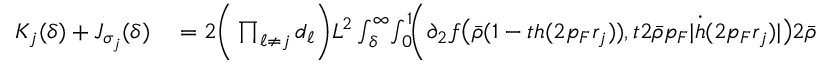
\begin{array} { r l } { K _ { j } ( \delta ) + J _ { \sigma _ { j } } ( \delta ) } & { { } = 2 \biggr ( \prod _ { \ell \neq j } d _ { \ell } \biggr ) L ^ { 2 } \int _ { \delta } ^ { \infty } \! \int _ { 0 } ^ { 1 } \! \biggr ( \partial _ { 2 } f \bigr ( \bar { \rho } ( 1 - t h ( 2 p _ { F } r _ { j } ) ) , t 2 \bar { \rho } p _ { F } | \dot { h } ( 2 p _ { F } r _ { j } ) | \bigr ) 2 \bar { \rho } p _ { F } | \dot { h } ( 2 p _ { F } r _ { j } ) | } \end{array}